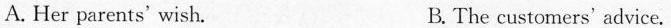
A. Her parents' wish. B. The customers' advice.